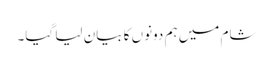
شام میں ہم دونوں کا بیان لیا گیا۔